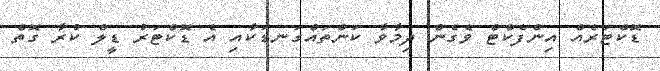
ޑޮކްޓަރެއް އިންފެކްޓް ވެގެން ދިމާވާ ކަންތައްގަނޑަކާއި އެ ޑޮކްޓަރު ޑީލް ކުރާ ގޮތް